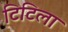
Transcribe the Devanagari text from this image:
टिटिला